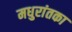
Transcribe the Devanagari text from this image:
मधुरांतका